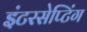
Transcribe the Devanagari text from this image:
इंटरसेप्टिंग